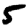
Digit: 5